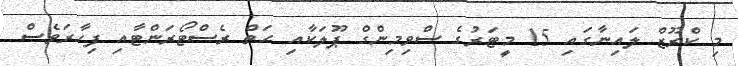
މި ކްރޫޒް ލައިނާގައި 15 މީޓަރުގެ ސްވިމިންގް ޕޫލަކާއި ހަތް ރެސްޓޯރަންޓާއި ފިހާރަވެސް